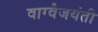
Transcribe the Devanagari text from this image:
वाग्वैजयंती